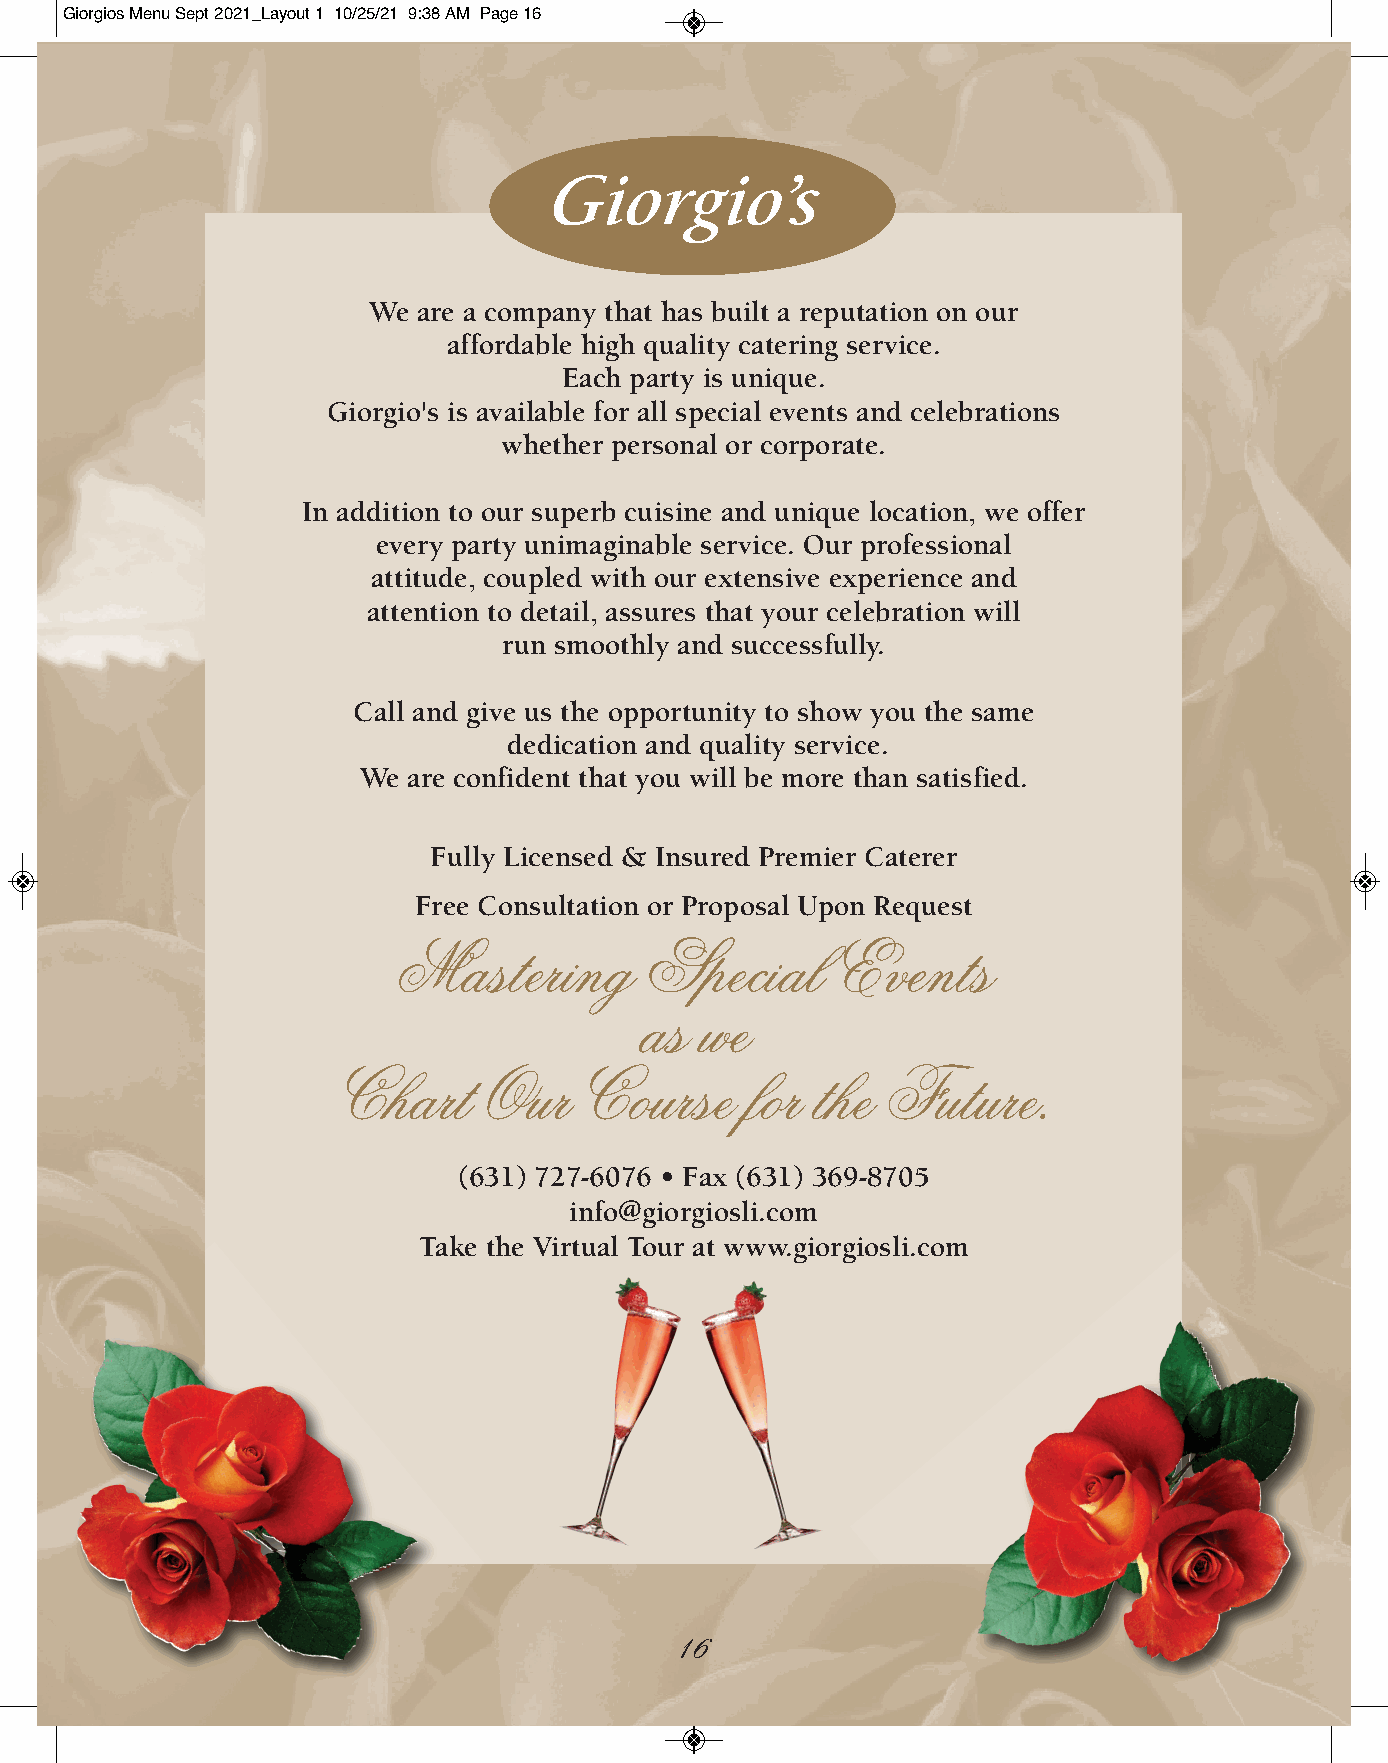
Giorgios Menu Sept 2021_Layout 1 10/25/21 9:38 AM Page 16
 Giorgio’s
 We  are a company that has built a reputation on our
 affordable high quality catering service.
 Each party is unique.
 Giorgio's is available for all special events and celebrations
 whether personal or corporate.
 In addition to our superb cuisine and unique location, we offer
 every party unimaginable service. Our professional
 attitude, coupled with our extensive experience and
 attention to detail, assures that your celebration will
 run smoothly and successfully.
 Call and give us the opportunity to show you the same
 dedication and quality service.
 We are confident that you will be more than satisfied.
 Fully Licensed & Insured Premier Caterer
 Free Consultation or Proposal Upon Request
 Mastering        Special     Events
 as  we
 Chart     Our   Course     for  the Future.
 (631) 727-6076 • Fax (631) 369-8705
 info@giorgiosli.com
 Take the Virtual Tour at www.giorgiosli.com
 16